Anatomy and histology of ticks - Number 23
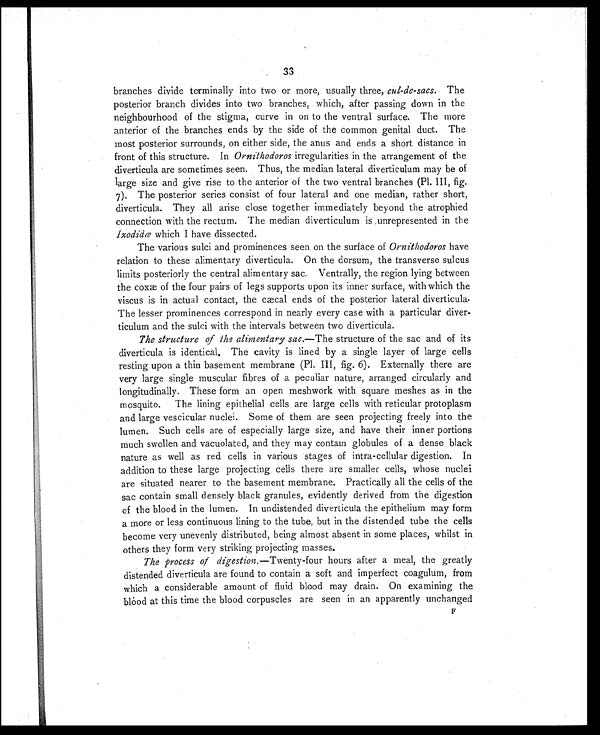
33
branches divide terminally into two or more, usually three, cul-de-sacs. The
posterior branch divides into two branches, which, after passing down in the
neighbourhood of the stigma, curve in on to the ventral surface. The more
anterior of the branches ends by the side of the common genital duct. The
most posterior surrounds, on either side, the anus and ends a short distance in
front of this structure. In Ornithodoros irregularities in the arrangement of the
diverticula are sometimes seen. Thus, the median lateral diverticulum may be of
large size and give rise to the anterior of the two ventral branches (Pl. III, fig.
7). The posterior series consist of four lateral and one median, rather short,
diverticula. They all arise close together immediately beyond the atrophied
connection with the rectum. The median diverticulum is unrepresented in the
Ixodidæ which I have dissected.
The various sulci and prominences seen on the surface of Ornithodoros have
relation to these alimentary diverticula. On the dorsum, the transverse sulcus
limits posteriorly the central alimentary sac. Ventrally, the region lying between
the coxæ of the four pairs of legs supports upon its inner surface, with which the
viscus is in actual contact, the cæcal ends of the posterior lateral diverticula.
The lesser prominences correspond in nearly every case with a particular diver-
ticulum and the sulci with the intervals between two diverticula.
The structure of the alimentary sac.—The structure of the sac and of its
diverticula is identical. The cavity is lined by a single layer of large cells
resting upon a thin basement membrane (Pl. III, fig. 6). Externally there are
very large single muscular fibres of a peculiar nature, arranged circularly and
longitudinally. These form an open meshwork with square meshes as in the
mosquito. The lining epithelial cells are large cells with reticular protoplasm
and large vescicular nuclei. Some of them are seen projecting freely into the
lumen. Such cells are of especially large size, and have their inner portions
much swollen and vacuolated, and they may contain globules of a dense black
nature as well as red cells in various stages of intra-cellular digestion. In
addition to these large projecting cells there are smaller cells, whose nuclei
are situated nearer to the basement membrane. Practically all the cells of the
sac contain small densely black granules, evidently derived from the digestion
of the blood in the lumen. In undistended diverticula the epithelium may form
a more or less continuous lining to the tube, but in the distended tube the cells
become very unevenly distributed, being almost absent in some places, whilst in
others they form very striking projecting masses.
The process of digestion. —Twenty-four hours after a meal, the greatly
distended diverticula are found to contain a soft and imperfect coagulum, from
which a considerable amount of fluid blood may drain. On examining the
blood at this time the blood corpuscles are seen in an apparently unchanged
F